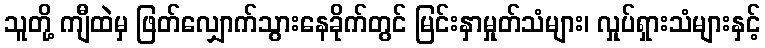
သူတို့ ကျီထဲမှ ဖြတ်လျှောက်သွားနေခိုက်တွင် မြင်းနှာမှုတ်သံများ၊ လှုပ်ရှားသံများနှင့်